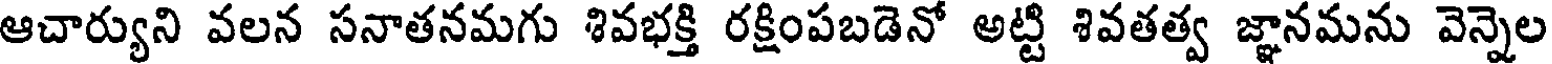
ఆచార్యుని వలన సనాతనమగు శివభక్తి రక్షింపబడెనో అట్టి శివతత్వ జ్ఞానమను వెన్నెల